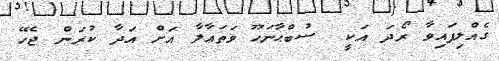
ގެއްލިފައިވާ ރޯދަ އަކީ  ސުބްޙާނަހޫ ވަތަޢާލާ އަށް އަދާ ކުރަން ޖެހޭ